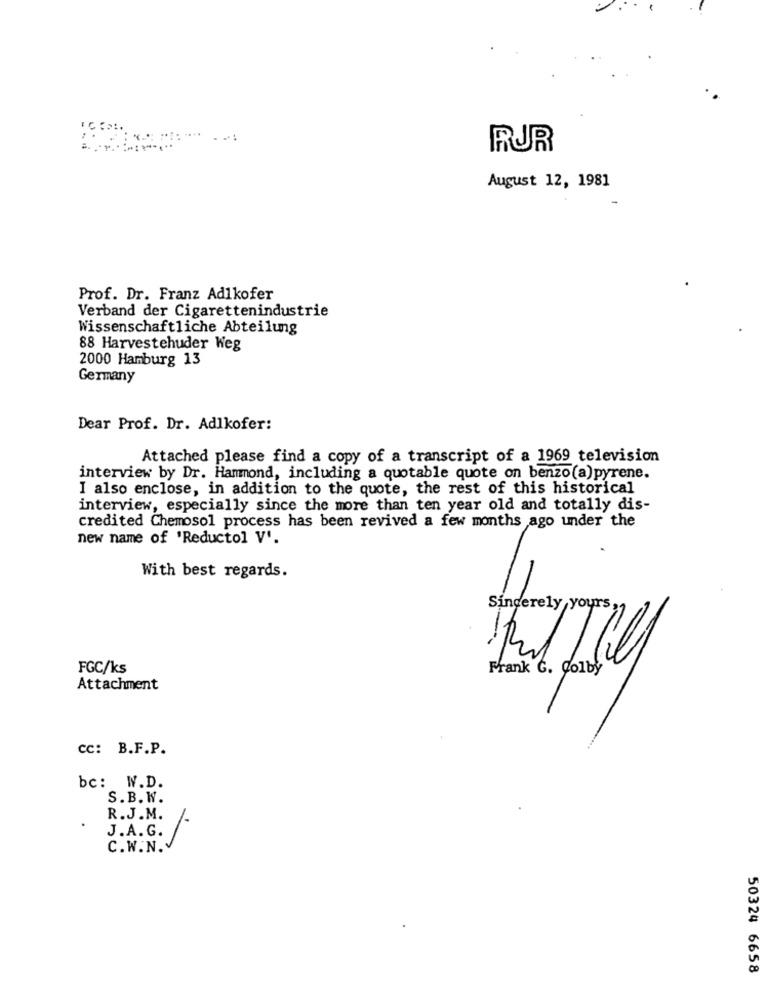
RUR
August 12, 1981
Prof. Dr. Franz Adikofer
Verband der Cigarettenindustrie
Wissenschaftliche Abteilung
88 Harvestehuder Weg
2000 Hamburg 13
Germany
Dear Prof. Dr. Adlkofer:
Attached please find a copy of a transcript of a 1969 television
interview by Dr. Hammond, including a quotable quote on benzo(a)pyrene.
I also enclose, in addition to the quote, the rest of this historical
interview, especially since the more than ten year old and totally dis-
credited Chemosol process has been revived a few months ago under the
new name of 'Reductol V'.
With best regards.
Sincerely yours
-
FGC/ks
Frank G. Colby
Attachment
cc: B.F.P.
bc: W.D.
S.B. W.
R.J.M.
J.A.G. /-
C.W.N.
50324 6658